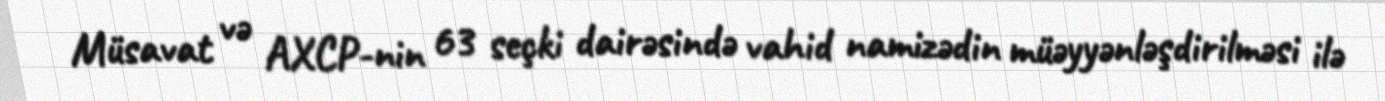
Müsavat və AXCP-nin 63 seçki dairəsində vahid namizədin müəyyənləşdirilməsi ilə